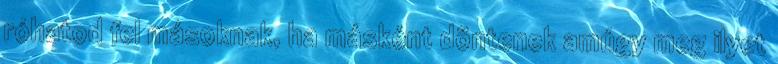
róhatod fel másoknak, ha másként döntenek amúgy meg ilyet